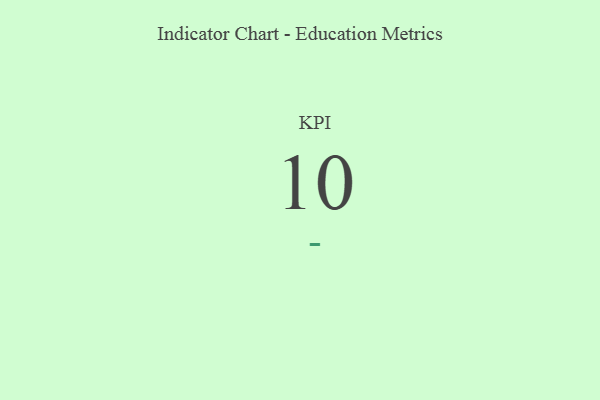
{"axis": {"x": "KPI", "y": "Value"}, "legend": [""], "data": [{"x": "KPI", "y": 10, "type": ""}]}